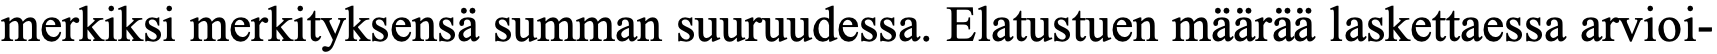
merkiksi merkityksensä summan suuruudessa. Elatustuen määrää laskettaessa arvioi-